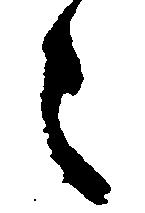
之